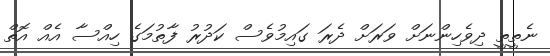
ނެތީތީ ދިވެހިންނަށް ވަރަށް ދެރަ ގައިމުވެސް ކަދުރު ފާތުމަގެ ހިއްސާ އެއް އޮތް